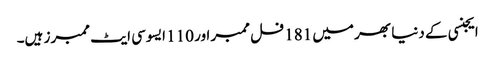
ایجنسی کے دنیا بھر میں 181 فل ممبر اور 110 ایسوسی ایٹ ممبرز ہیں۔